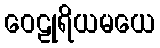
ဝေဠုရိယမယေ